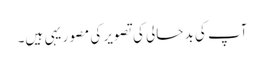
آپ کی بد حالی کی تصویر کی مصور یہی ہیں۔